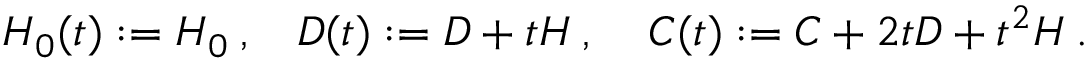
H _ { 0 } ( t ) : = H _ { 0 } \: , \: \: \: \: D ( t ) : = D + t H \: , \: \: \: \: \: C ( t ) : = C + 2 t D + t ^ { 2 } H \: .